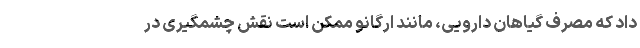
داد که مصرف گیاهان دارویی، مانند اُرگانو ممکن است نقش چشمگیری در